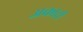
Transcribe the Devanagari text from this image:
अकारी